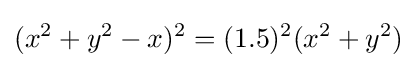
(x^{2}+y^{2}-x)^{2}=(1.5)^{2}(x^{2}+y^{2})